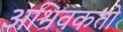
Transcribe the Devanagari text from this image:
अभिवकतो